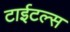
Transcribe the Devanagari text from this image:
टाईटल्स